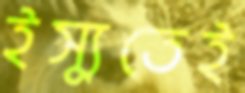
ইস্যুতেই